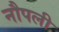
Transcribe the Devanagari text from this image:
नौपली